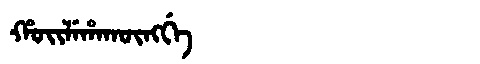
Manchu: ᡥᠣᡳᠯᡝᡥᠠᡴᡡᠩᡤᡝ
Romanization: HOILEHAKŪNGGE